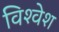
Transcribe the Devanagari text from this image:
विश्‍वेश